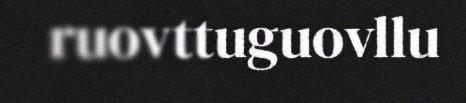
ruovttuguovllu